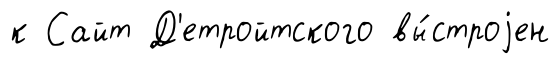
к Сайт Д'етройтского вы́строjен